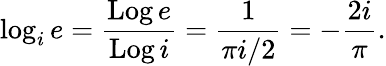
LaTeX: \log_{i}e={\frac{\operatorname{Log}e}{\operatorname{Log}i}}={\frac{1}{\pi i/2}}=-{\frac{2i}{\pi}}.